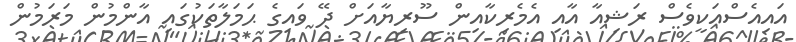
އައިއެސްއަކީވެސް ރަޝިއާ އާއި އެމެރިކާއިން ސޫރިޔާއަށް ދޭ ވައިގެ ޙަމަލާތަކުގައި އާންމުން މަރަމުން